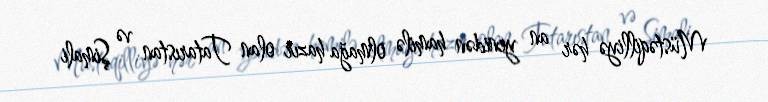
Müstəqilliyə hər an yenidən hamilə olmağa hazır olan Tatarıstan və Şimali